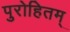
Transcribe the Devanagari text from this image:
पुरोहितम्